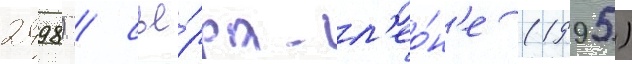
2498) / сье́рра-л'ео́н'е (1995)